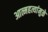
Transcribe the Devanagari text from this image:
आत्महत्यांमुळे